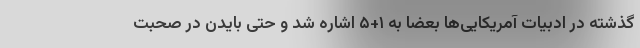
گذشته در ادبیات آمریکایی‌ها بعضا به ۱+۵ اشاره شد و حتی بایدن در صحبت